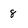
Character: 8